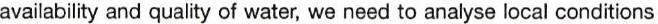
availability and quality of water, we need to analyse local conditions